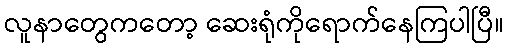
လူနာတွေကတော့ ဆေးရုံကိုရောက်နေကြပါပြီ။